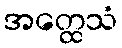
အတ္ထေသံ